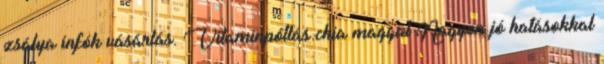
zsálya infók vásárlás. Vitaminpótlás chia maggal Nagyon jó hatásokkal